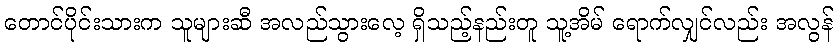
တောင်ပိုင်းသားက သူများဆီ အလည်သွားလေ့ ရှိသည့်နည်းတူ သူ့အိမ် ရောက်လျှင်လည်း အလွန်